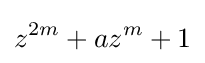
z^{2m}+az^{m}+1